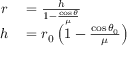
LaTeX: \begin{array} { r l } { r } & { { } = { \frac { h } { 1 - { \frac { \cos { \theta } } { \mu } } } } } \\ { h } & { { } = r _ { 0 } \left( 1 - { \frac { \cos { \theta _ { 0 } } } { \mu } } \right) } \end{array}